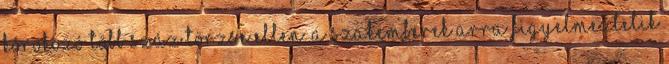
kórokozó több száz törzse ellen. A szakemberek arra figyelmeztetik